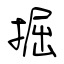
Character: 掘